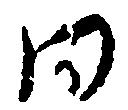
同